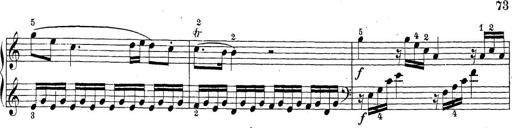
Title: Sonatina Album
Composer: Louis KÃ¶hler